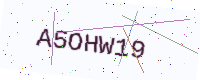
Text: A5OHW19